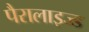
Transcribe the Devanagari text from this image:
पैरालाइज्ड